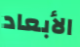
الأبعاد